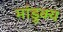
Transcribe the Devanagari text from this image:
मांडुक्य